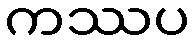
ကဿပ